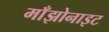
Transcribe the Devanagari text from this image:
माँझोनाइट